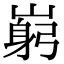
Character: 𡺺